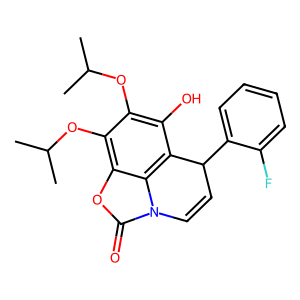
SMILES: CC(C)Oc1c(O)c2c3c(oc(=O)n3C=CC2c2ccccc2F)c1OC(C)C
Inhibits HIV replication: No